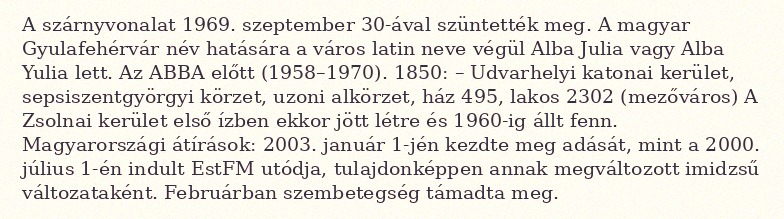
A szárnyvonalat 1969. szeptember 30-ával szüntették meg. A magyar Gyulafehérvár név hatására a város latin neve végül Alba Julia vagy Alba Yulia lett. Az ABBA előtt (1958–1970). 1850: – Udvarhelyi katonai kerület, sepsiszentgyörgyi körzet, uzoni alkörzet, ház 495, lakos 2302 (mezőváros) A Zsolnai kerület első ízben ekkor jött létre és 1960-ig állt fenn. Magyarországi átírások: 2003. január 1-jén kezdte meg adását, mint a 2000. július 1-én indult EstFM utódja, tulajdonképpen annak megváltozott imidzsű változataként. Februárban szembetegség támadta meg.